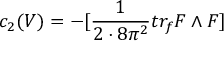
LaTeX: c _ { 2 } ( V ) = - [ \frac { 1 } { 2 \cdot 8 \pi ^ { 2 } } t r _ { f } F \wedge F ]